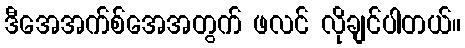
ဒီအေအက်စ်အေအတွက် ဖလင် လိုချင်ပါတယ်။